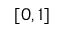
\left[ 0 , 1 \right]